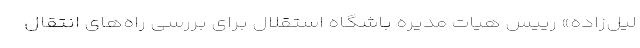
لیل‌زاده» رییس هیات مدیره باشگاه استقلال برای بررسی راه‌های انتقال